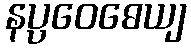
နပ္ပဝေဓေယျ